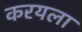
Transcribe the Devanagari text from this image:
करयला